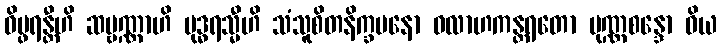
ဝိပ္ဖရန္တီဟိ ဆဗ္ဗဏ္ဏာဟိ ဗုဒ္ဓရသ္မီဟိ သံသူစိတနိက္ခမနော ဝလာဟကန္တရတော ပုဏ္ဏစန္ဒော ဝိယ